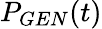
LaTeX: P_{GEN}(t)